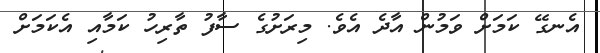
އެނގޭ ކަމަށް ވަމުން އާދެ އެވެ. މިރަށުގެ ސާފު ތާރިހު ކަމާއި އެކަމަށް